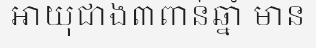
អាយុជាង៣ពាន់ឆ្នាំ មាន